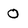
Character: 0